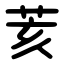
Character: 荄